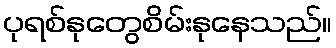
ပုရစ်နုတွေစိမ်းနုနေသည်။